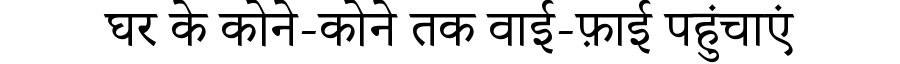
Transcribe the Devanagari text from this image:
घर के कोने-कोने तक वाई-फ़ाई पहुंचाएं